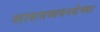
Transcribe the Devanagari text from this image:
शासनव्यवस्थेच्या